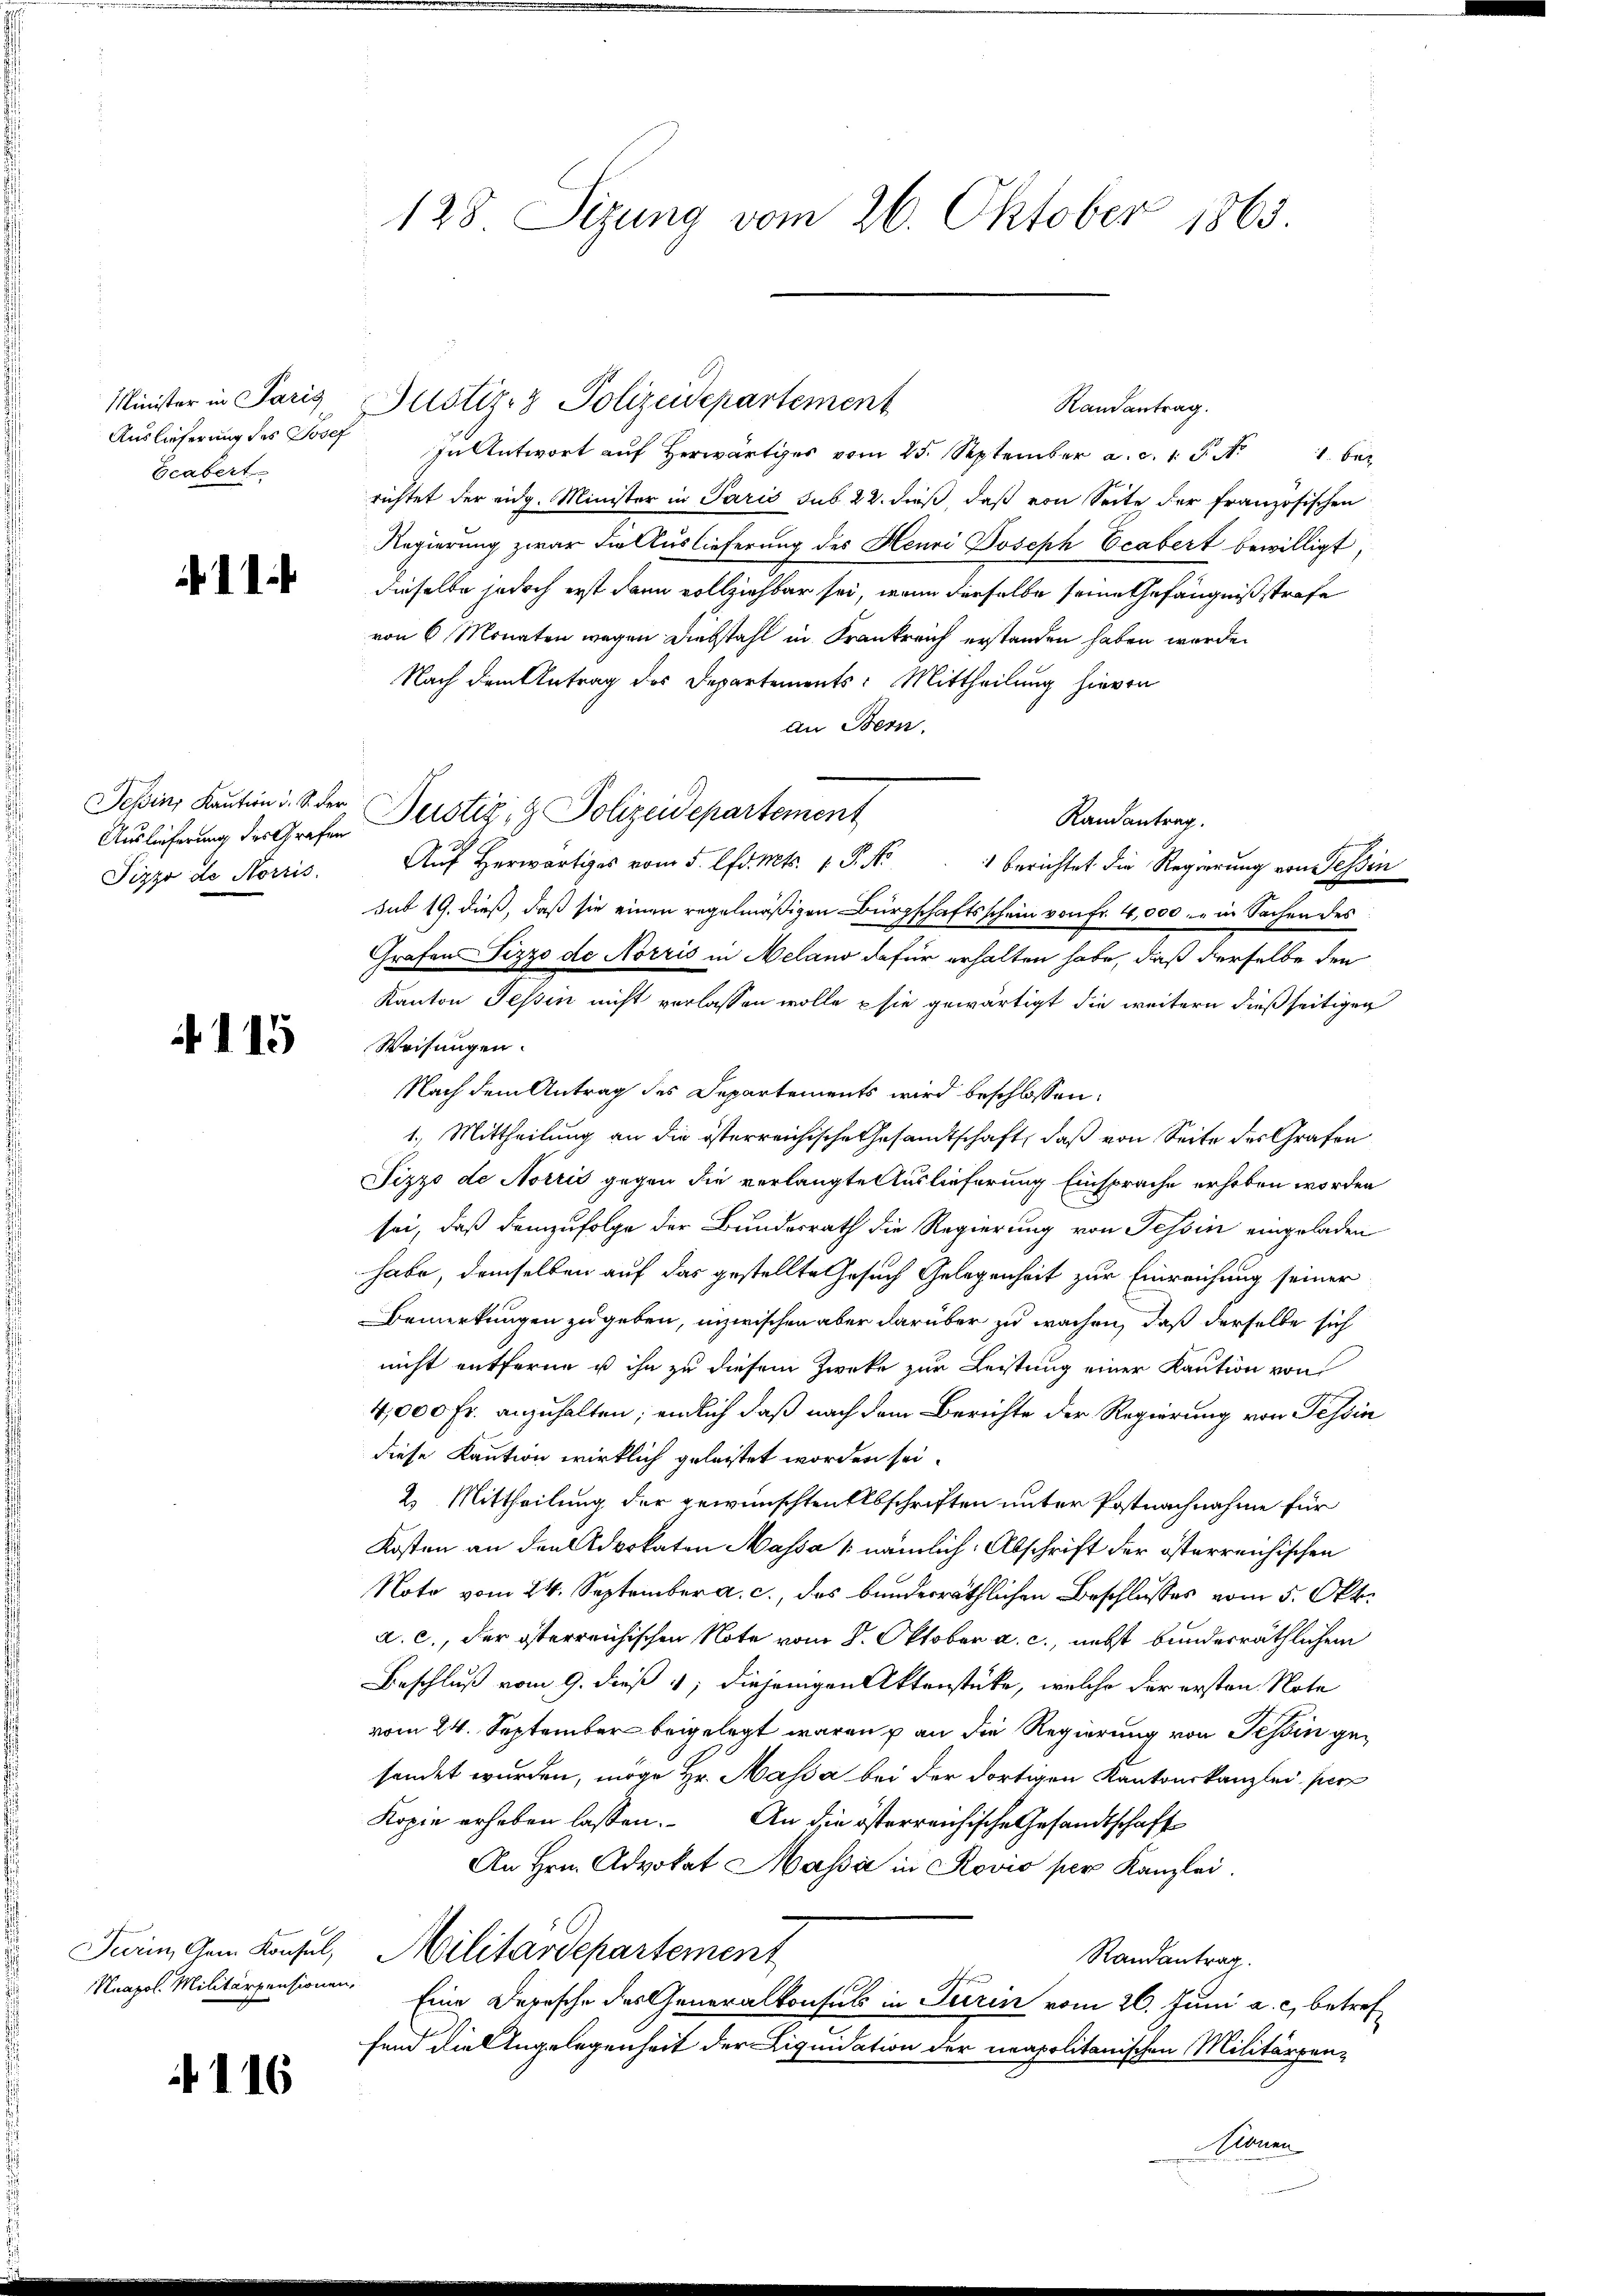
Minister in Paris
Auslieferung des Josef
Eeabert.

1

Tessin Kaution d. S. der
Auslieferung des Grafen
Pizzo de Norris

115

Turin, Gem Konsul,
Meapol. Militärpensionen.

116

128. Sitzung vom 26. Oktober 1863.

In Antwort auf Herwärtiges vom 25. September a. c. 1 S. 1
1. ber
richtet der eidg. Minister in Paris sub 22. dieß, daß von Seite der französischen
Regierung zwar die Auslieferung des Henri Joseph Ecabert bewilligt,
dieselbe jedoch erst dann vollziehbar sei, wenn derselbe seine Gefängnißstrafe
von 6 Monaten wegen Diebstahl in Krankreich erstanden haben werde.
Nach dem Antrag des Departements: Mittheilung hievon
an Bern.
Randantrag.
Auf herwärtiges vom 5. d. Mts. 1. P. Nr. 1 berichtet die Regierung von Tessin
sub 19. dieß, daß sie einen regelmäßigen Bürgschaftsschein von Fr. 4,000. in Sachen des
Grafen Pizzo de Norris in Meland dafür erhalten habe, daß derselbe den
Kanton Tessin nicht verlassen wolle, – sie gewärtigt, die weitern dießseitigen
Weisungen.
Nach dem Antrag des Departements wird beschlossen:
1.) Mittheilung an die österreichische Gesandtschaft, daß von Seite des Grafen
Pizzo de Norrić gegen die verlangte Auslieferung Einsprache erhoben worden
sei, daß demzufolge der Bundesrath die Regierung von Tessin eingeladen
habe, demselben auf das gestellte Gesuch Gelegenheit zur Einreichung seiner
Bemerkungen zu geben, inzwischen aber darüber zu wachen, daß derselbe sich
nicht entferne ist ihn zu diesem Zwecke zur Leistung einer Kaution von
4,000 Fr. anzuhalten; endlich daß nach dem Berichte der Regierung von Tessin
diese Kaution wirklich geleistet worden sei.
2. Mittheilung der gewünschten Abschriften unter Postnachnahme für
Kosten an den Advokaten Massa 1 nämlich. Abschrift der österreichischen
Noto vom 24. September a. c., das bunderräthlichen Beschlusses vom 5. Okt.
a. c., der österreichischen Note vom 8. Oktober a. c., nebst bunderräthlichem
Beschluß vom 9. dieß 1, diejenigen Aktenstücke, welche der ersten Note
vom 24. September beigelegt waren u an die Regierung von Schin gesendet wurden, möge Hr. Massa bei der dortigen Kantonskanzlei per
Kopie erheben lassen.
An die österreichische Gesandtschaft
An Hrn. Advokat Massa in Rovio per Kanzlei.
Militärdepartement
Randantrag.
Eine Derasche des Generalkonsuls in Turin vom 26. Juni a. c. betref
fend die Angelegenheit der Liquidation der neapolitanischen Militärpensionen

Dustiz- & Polizeidepartement

Justiz- & Polizeidepartement

Randantrag.